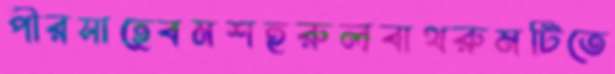
পীরসাহেবমশহুরুলবাথরুমটিতে